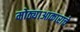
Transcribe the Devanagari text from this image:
मोठ्याआकाराचे